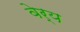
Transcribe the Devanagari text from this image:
वेर्य